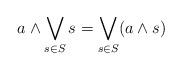
LaTeX: \begin{align*}a \wedge \bigvee_{s\in S}s = \bigvee_{s\in S} (a \wedge s)\end{align*}